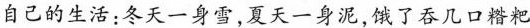
自己的生活:冬天一身雪,夏天一身泥,饿了吞几口糌粑